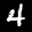
Label: 4